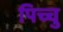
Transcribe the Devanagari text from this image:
पिच्चु